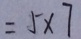
= 5 \times 7